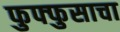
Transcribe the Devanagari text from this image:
फुफ्‍फुसाचा